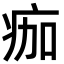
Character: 痂